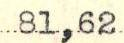
81,62